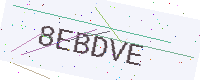
Text: 8EBDVE